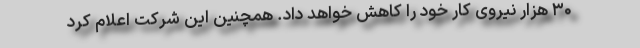
۳۰ هزار نیروی کار خود را کاهش خواهد داد. همچنین این شرکت اعلام کرد